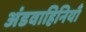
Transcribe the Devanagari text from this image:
अंडवाहिनियाँ